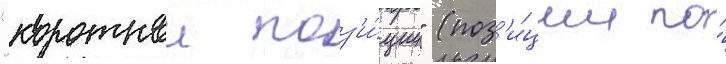
"короткои поз'и́ции" (поз'и́ции по́